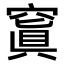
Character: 𥧑